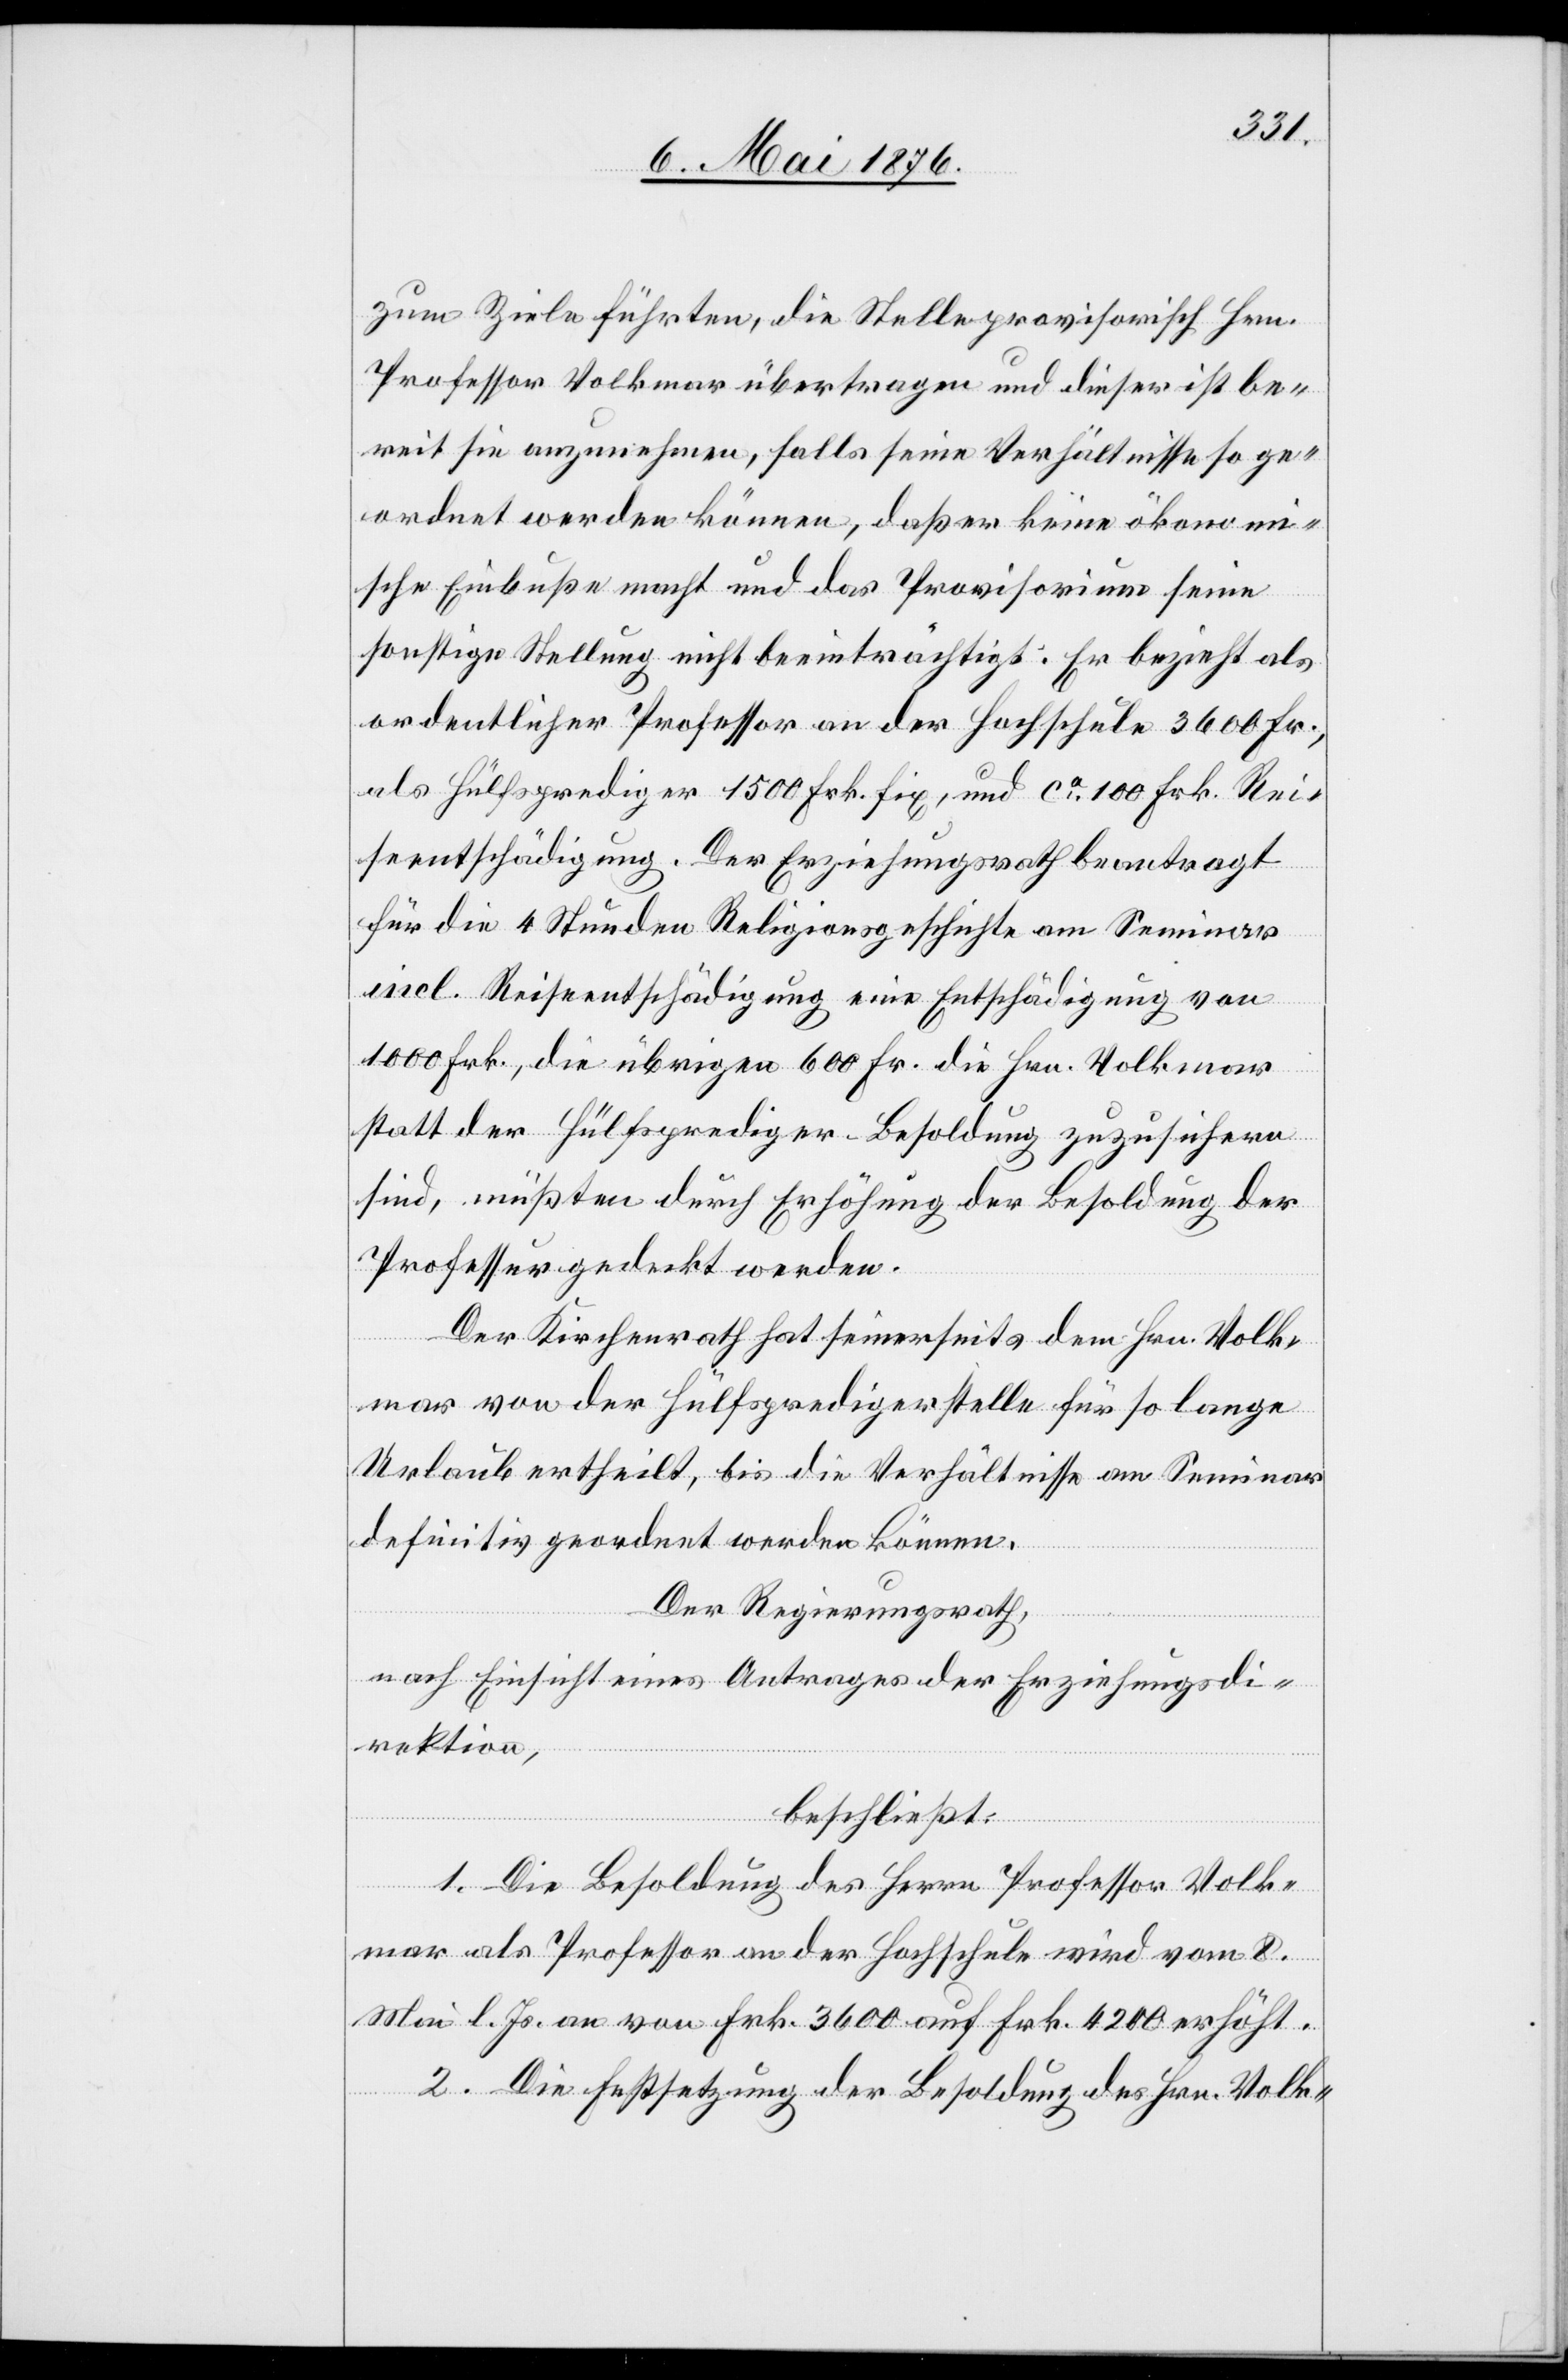
zum Ziele führten, die Stelle provisorisch Hrn.
Professor Volkmar übertragen und dieser ist be¬
reit sie anzunehmen, falls seine Verhältnisse so ge¬
ordnet werden können, daß er keine ökonom¬
ische Einbuße macht und das Provisorium seine
sonstige Stellung nicht beeinträchtigt. Er bezieht als
ordentlicher Professor an der Hochschule 3600 Fr.,
als Hülfsprediger 1500 Frk. fix, und ca 100 Frk. Rei¬
seentschädigung. Der Erziehungsrath beantragt
für die 4 Stunden Religionsgeschichte am Seminar
incl. Reiseentschädigung eine Entschädigung von
1000 Frk., die übrigen 600 Fr. die Hrn. Volkmar
statt der Hülfsprediger-Besoldung zuzusichern
sind, müßten durch Erhöhung der Besoldung der
Professur gedeckt werden.
Der Kantonsrath hat seinerseits dem Hrn. Volk¬
mar von der Hülfspredigerstelle für so lange
Urlaub ertheilt, bis die Verhältnisse am Seminar
definitiv geordnet werden können.
Der Regierungsrath,
nach Einsicht eines Antrages der Erziehungsdi¬
rektion,
beschließt:
1. Die Besoldung des Herrn Professor Volk¬
mar als Professor an der Hochschule wird vom 8.
Mai l. Js. an von Frk. 3600 auf Frk. 4200 erhöht.
2. Die Festsetzung der Besoldung des Hrn. Volk-